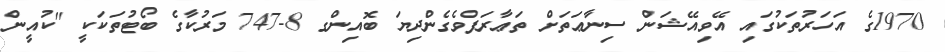
1970ގެ އަހަރުތަކުގައި އޭވިއޭޝަން ސިނާޢަތަށް ތަޢާރަފްވެގެންދިޔަ ބޮއިންގ 8-747 މަރުކާގެ ބޯޓުތަކަކީ "ކުއީން